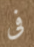
فى